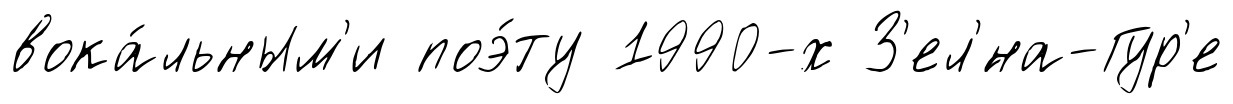
вока́льным'и поэ́ту 1990-х З'ел'́на-Гур'е